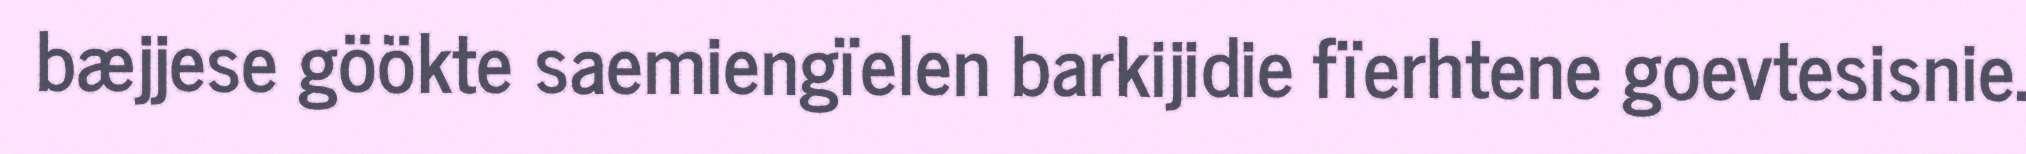
bæjjese göökte saemiengïelen barkijidie fïerhtene goevtesisnie.